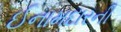
ઈનામદારની